Dysentery and liver abscess in Bombay - Number 47
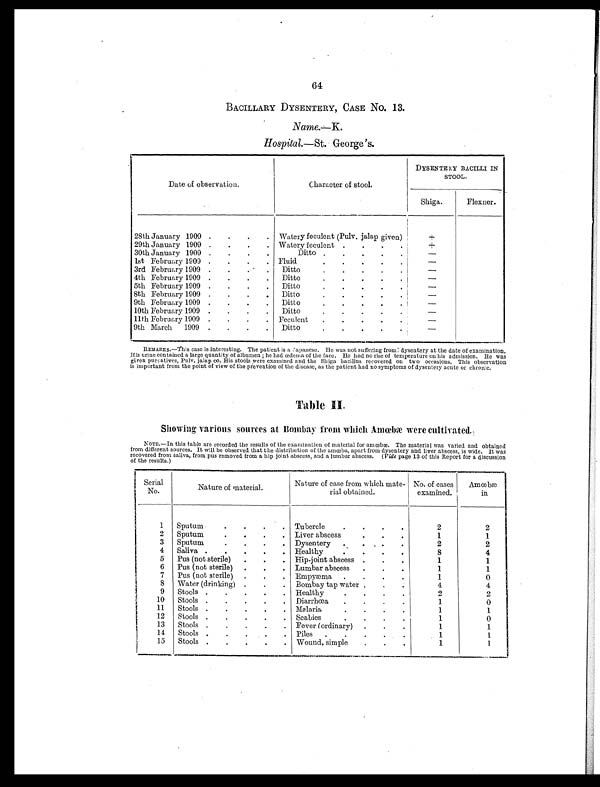
64
BACILLARY DYSENTERY, CASE No. 13.
Name.—K.
Hospital. —St. George's.
Date of observation.
Character of stool.
DYSENTERY BACILLI IN
STOOL.
Shiga.
Flexner.
28th January 1909 .
.
.
. Watery feculent (Pulv. jalap given)
+
29th January 1909 .
.
.
. Watery feculent .
.
.
+
30th January 1909 .
.
.
.
Ditto .
.
.
.
—
1st February 1909 .
.
.
. Fluid
.
.
.
.
.
—
3rd February 1909 .
.
.
.
Ditto
.
.
.
.
.
—
4th February 1909 .
.
.
.
Ditto
.
.
.
.
—
5th February 1909 .
.
.
.
Ditto
.
.
.
.
—
8th February 1909 .
.
.
.
Ditto
.
.
.
.
—
9th February 1909 .
.
.
.
Ditto
.
.
.
.
—
10th February 1909 .
.
.
.
Ditto
.
.
.
.
.
—
11th February 1909 .
.
.
. Feculent
.
.
.
.
.
—
9th March 1909 .
.
.
.
Ditto
.
.
.
. .
—
R E M A R K S . — T h i s c a s e i s i n t e r e s t i n g . T h e p a t i e n t i s a a p a n e s e . H e w a s n o t s u f f e r i n g f r o m ; d y s e n t e r y a t t h e d a t e o f e x a m i n a t i o n .
His urine contained a large quantity of albumen ; he had œdema of the face. He had no rise of temperature on his admission. He was
given purgatives, Pulv. jalap co. His stools were examined and the Shiga bacillus recovered on two occasions. Tins observation
is important from the point of view of the prevention of the disease, as the patient had no symptoms of dysentery acute or chronic.
Table II.
Showing various sources at Bombay from which Amœbæ were cultivated.
NOTE.—In this table are recorded the results of the examination of material for amœbæ. The material was varied and obtained
from different sources. It will be observed that the distribution of the amœba, apart from dysentery and liver abscess, is wide. It was
recovered from saliva, from pus removed from a hip joint abscess, and a lumbar abscess. ( Vide page 13 of this Report for a discussion
of the results.)
Serial
No.
Nature of material.
Nature of case from which mate-
rial obtained.
No. of cases
examined.
Amœbæ
in
1
Sputum
.
.
.
. Tubercle
.
.
.
.
2
2
2
Sputum
.
.
.
. Liver abscess
.
.
.
1
1
3
Sputum
.
.
.
. Dysentery
.
. .
.
2
2
4
Saliva
. .
.
. .
Healthy
.
.
.
.
8
4
5
Pus (not sterile)
.
.
. Hip-joint abscess .
.
.
1
1
6
Pus (not sterile) .
.
. Lumbar abscess
.
.
.
1
1
7
Pus (not sterile) .
.
. Empyæma
.
.
.
.
1
0
8
Water (drinking) .
.
. Bombay tap water .
.
.
4
4
9
Stools .
.
.
.
. Healthy
.
.
.
.
2
2
10
Stools .
.
.
.
. Diarrhœa
.
.
.
.
1
0
11
Stools .
.
.
.
. Malaria
.
.
.
.
1
1
12
Stools
.
.
.
.
Scabies
.
.
.
.
1
0
13
Stools .
.
.
.
Fever (ordinary)
.
.
.
1
1
14
Stools .
.
.
.
. Piles
.
.
.
.
.
1
1
15
Stools
. .
.
.
. Wound, simple
.
.
.
1
1